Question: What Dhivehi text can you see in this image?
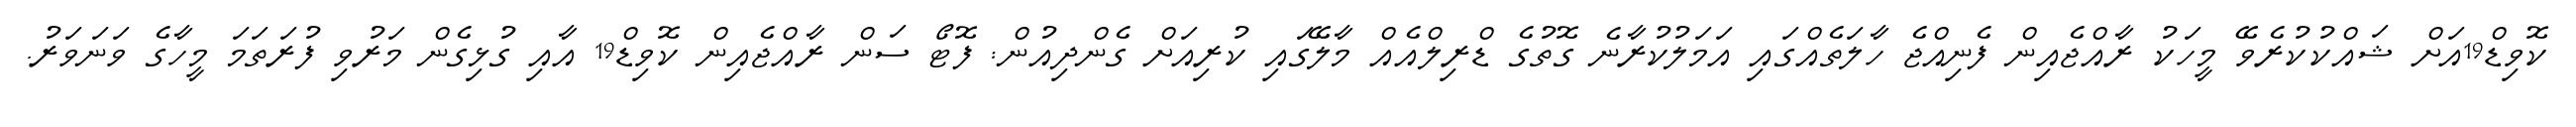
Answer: ކޮވިޑް19އަށް ޝައްކުކުރެވޭ މީހަކު ރާއްޖެއިން ފެނިއްޖެ ހާލަތެއްގައި އަމަލުކުރާނެ ގޮތުގެ ޑްރިލްއެއް މާލޭގައި ކުރިއަށް ގެންދިއުން: ފޮޓޯ ސަން ރާއްޖެއިން ކޮވިޑް19 އާއި ގުޅިގެން މަރުވި ފުރަތަމަ މީހާގެ ވަނަވަރު.